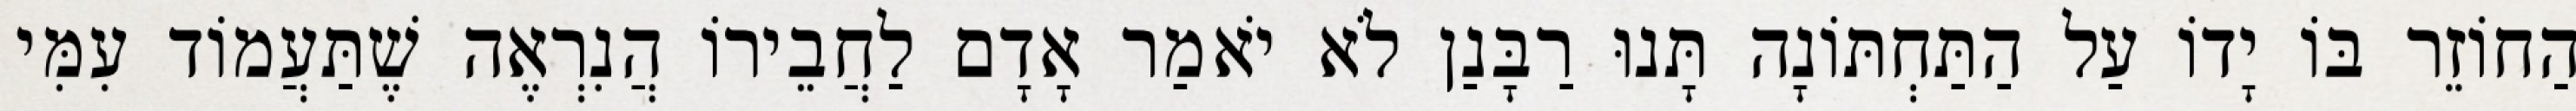
הַחוֹזֵר בּוֹ יָדוֹ עַל הַתַּחְתּוֹנָה תָּנוּ רַבָּנַן לֹא יֹאמַר אָדָם לַחֲבֵירוֹ הֲנִרְאֶה שֶׁתַּעֲמוֹד עִמִּי